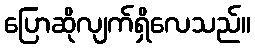
ပြောဆိုလျက်ရှိလေသည်။